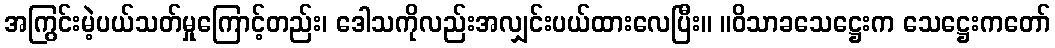
အကြွင်းမဲ့ပယ်သတ်မှုကြောင့်တည်း၊ ဒေါသကိုလည်းအလျှင်းပယ်ထားလေပြီး။ ။ဝိသာခသေဋ္ဌေးက သေဋ္ဌေးကတော်